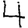
Digit: 4